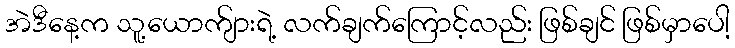
အဲဒီနေ့က သူ့ယောက်ျားရဲ့ လက်ချက်ကြောင့်လည်း ဖြစ်ချင် ဖြစ်မှာပေါ့